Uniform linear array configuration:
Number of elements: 64
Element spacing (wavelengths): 1
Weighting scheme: hann
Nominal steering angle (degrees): -15
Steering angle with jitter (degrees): -13.339
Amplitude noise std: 0.05
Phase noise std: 0.05

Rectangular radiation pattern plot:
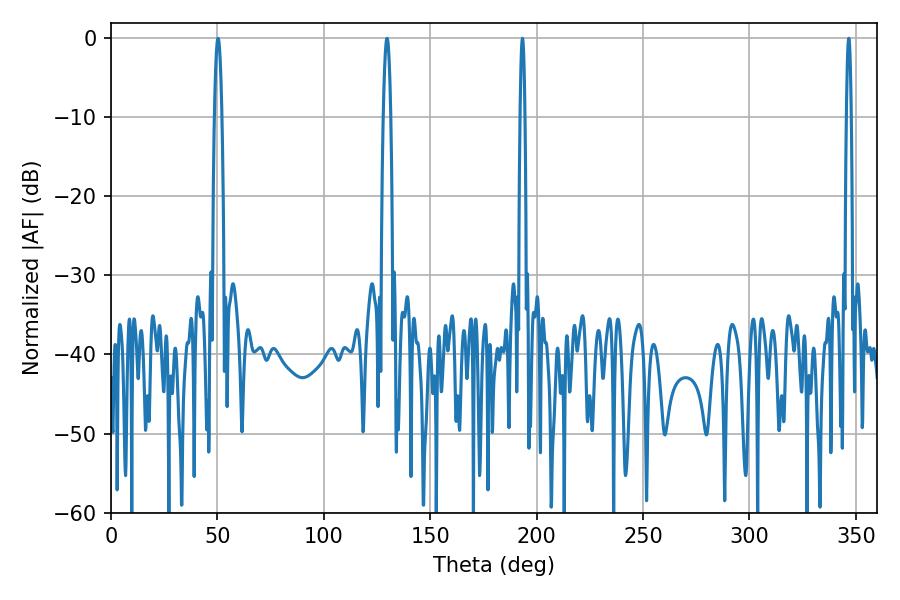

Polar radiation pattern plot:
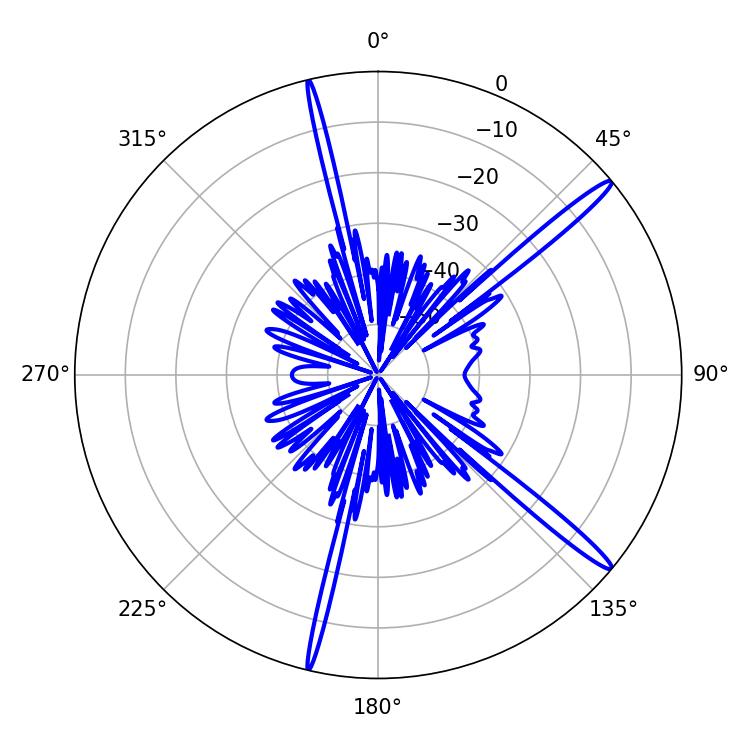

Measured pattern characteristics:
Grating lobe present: TRUE
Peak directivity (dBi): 16.365
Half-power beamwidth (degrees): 1.08
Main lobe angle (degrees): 193.32